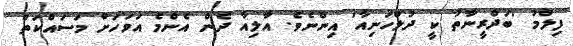
ފިލްމު 'ބަދްރީނާތު ކީ ދުލްހަނިއާ' އިންނެވެ. އާލިއާ ދެން އެންމެ އަވަހަށް މަސައްކަތް